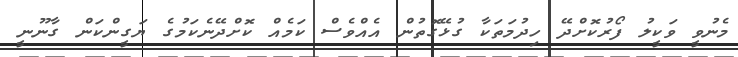
މެނުވީ ވަކީލު ފޯރުކޮށްދޭ ހިދުމަތަކާ ގުޅޭގޮތުން އެއްވެސް ކަމެއް ކޮށްދޭނެކަމުގެ ޔަގީންކަން ގާނޫނީ